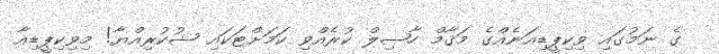
ގެ ނަމުގައި ވިކިޕީޑިއަނެއްގެ މަޤާމް ހާޞިލް ކުރެއްވި ކަމަށްޓަކައި ޝުކުރިއްޔާ! މިވިކިޕީޑިއާ